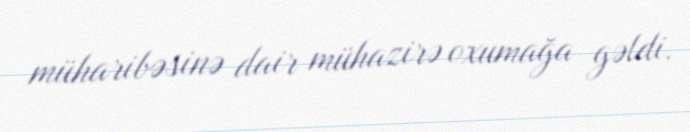
müharibəsinə dair mühazirə oxumağa gəldi.